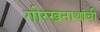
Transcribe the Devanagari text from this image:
गोरखनाथांची